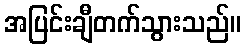
အပြင်းချီတက်သွားသည်။